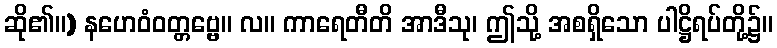
ဆို၏။) နဟေဝံဝတ္တဗ္ဗေ။ လ။ ကာရေတီတိ အာဒီသု၊ ဤသို့ အစရှိသော ပါဋ္ဌိရပ်တို့၌။